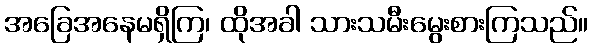
အခြေအနေမရှိကြ၊ ထိုအခါ သားသမီးမွေးစားကြသည်။